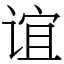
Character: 谊